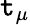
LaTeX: \mathtt{t}_{\mu}